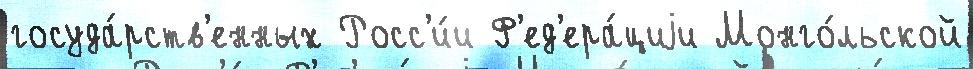
госуда́рств'енных Росс'и́и Ф'ед'ера́циjи Монго́льской